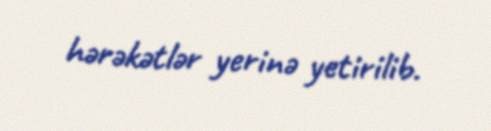
hərəkətlər yerinə yetirilib.